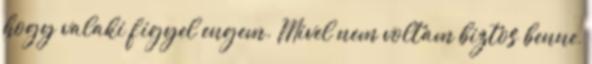
hogy valaki figyel engem. Mivel nem voltam biztos benne,